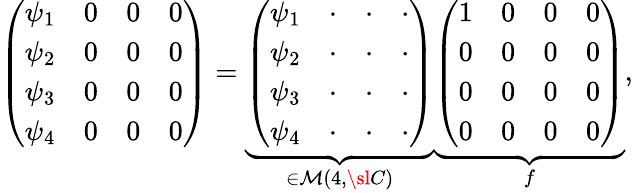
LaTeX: \left(\begin{array}{cccc}{{\psi_{1}}}&{{0}}&{{0}}&{{0}}\\ {{\psi_{2}}}&{{0}}&{{0}}&{{0}}\\ {{\psi_{3}}}&{{0}}&{{0}}&{{0}}\\ {{\psi_{4}}}&{{0}}&{{0}}&{{0}}\end{array}\right)=\underbrace{\left(\begin{array}{cccc}{{\psi_{1}}}&{{\cdot}}&{{\cdot}}&{{\cdot}}\\ {{\psi_{2}}}&{{\cdot}}&{{\cdot}}&{{\cdot}}\\ {{\psi_{3}}}&{{\cdot}}&{{\cdot}}&{{\cdot}}\\ {{\psi_{4}}}&{{\cdot}}&{{\cdot}}&{{\cdot}}\end{array}\right)}_{\in{\cal M}(4,{\sl C})}\underbrace{\left(\begin{array}{cccc}{{1}}&{{0}}&{{0}}&{{0}}\\ {{0}}&{{0}}&{{0}}&{{0}}\\ {{0}}&{{0}}&{{0}}&{{0}}\\ {{0}}&{{0}}&{{0}}&{{0}}\end{array}\right)}_{f},